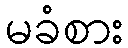
မခံစား